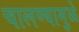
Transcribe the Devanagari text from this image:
चालण्यामुळे